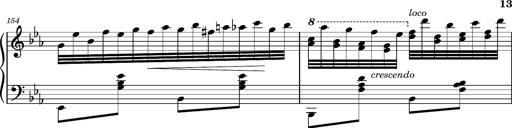
Title: Magyar rapszÃ³diÃ¡k
Composer: Franz Liszt